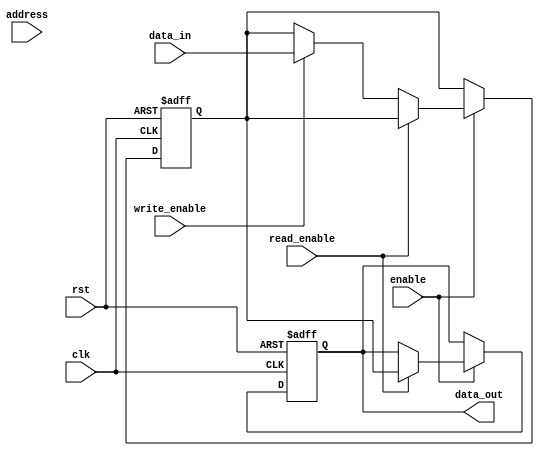
module controller_module (
    input wire clk, // Clock input
    input wire rst, // Reset input
    input wire enable, // Enable input for memory access
    input wire read_enable, // Read enable signal
    input wire write_enable, // Write enable signal
    input wire [31:0] address, // Memory address input
    input wire [31:0] data_in, // Data input for write operation
    output reg [31:0] data_out // Data output for read operation
);

// Memory Blocks implementation
// Assume memory block implementation

// Address registers for storing memory addresses
reg [31:0] addr_reg;

// Data path for reading and writing data
reg [31:0] data_reg;

// Control signals for managing access operations
always @(posedge clk or posedge rst) begin
    if (rst) begin
        addr_reg <= 32'h0;
        data_reg <= 32'h0;
        data_out <= 32'h0;
    end else if (enable) begin
        if (read_enable) begin
            data_out <= data_reg;
        end else if (write_enable) begin
            data_reg <= data_in;
        end
        addr_reg <= address;
    end
end

endmodule